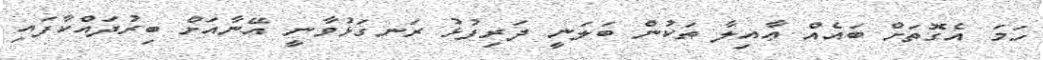
ހަމަ އެގޮތަށް ބައެއް ޢާއިލާ ތަކުން ބަލަނީ ދަރިފުޅު ރަނގަޅުވާނީ އޭނާއަށް ބިރުދައްކާފައި